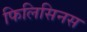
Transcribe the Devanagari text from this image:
फिलिसिनस